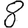
Digit: 8